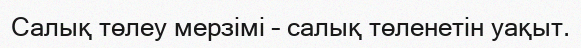
Салық төлеу мерзімі – салық төленетін уақыт.